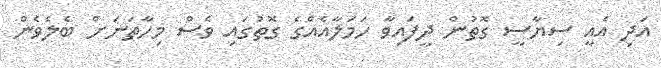
އަދި އެއީ ސިޔާސީ ގޮތުން ދީފައިވާ ހަމަލާއެއްގެ ގޮތުގައި ވެސް މިހާތަނަށް ބެލެވެން